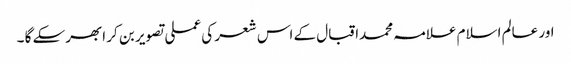
اور عالم اسلام علامہ محمداقبال کے اس شعر کی عملی تصویر بن کر ابھرسکے گا ۔